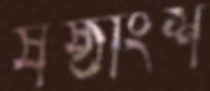
ষষ্ঠাংশ